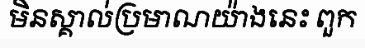
មិនស្គាល់ប្រមាណយ៉ាងនេះ ពួក